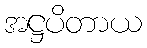
အဋ္ဌပိတာယ